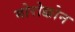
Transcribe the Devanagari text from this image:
मोरोक्कोन